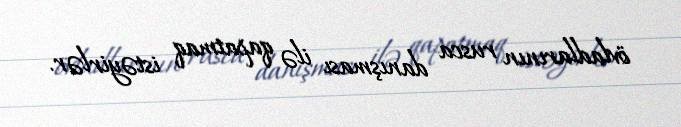
övladlarının rusca danışması ilə qapatmaq istəyirlər.